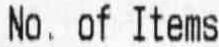
NO. OF ITEMS